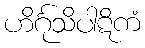
ဟိင်္ဂုသိပါဋိကံ